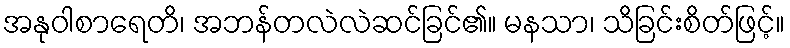
အနုဝါစာရေတိ၊ အဘန်တလဲလဲဆင်ခြင်၏။ မနသာ၊ သိခြင်းစိတ်ဖြင့်။